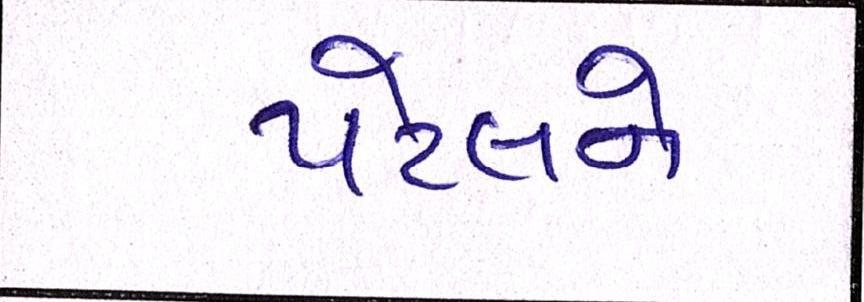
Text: પટેલને